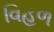
વિહળ